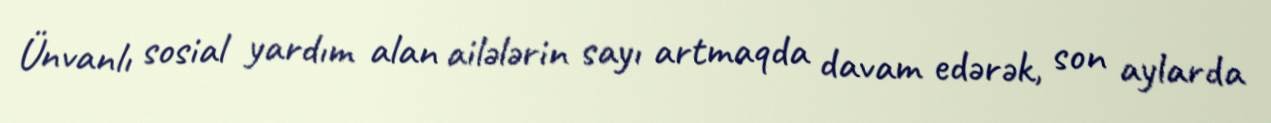
Ünvanlı sosial yardım alan ailələrin sayı artmaqda davam edərək, son aylarda